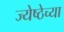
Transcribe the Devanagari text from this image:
ज्येष्ठेच्या